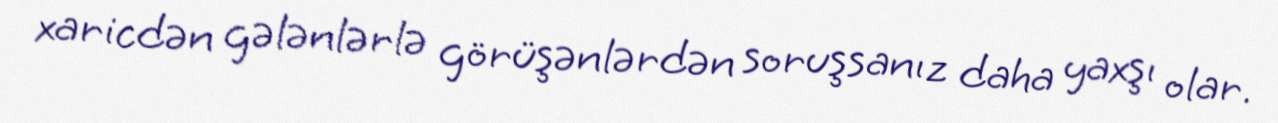
xaricdən gələnlərlə görüşənlərdən soruşsanız daha yaxşı olar.